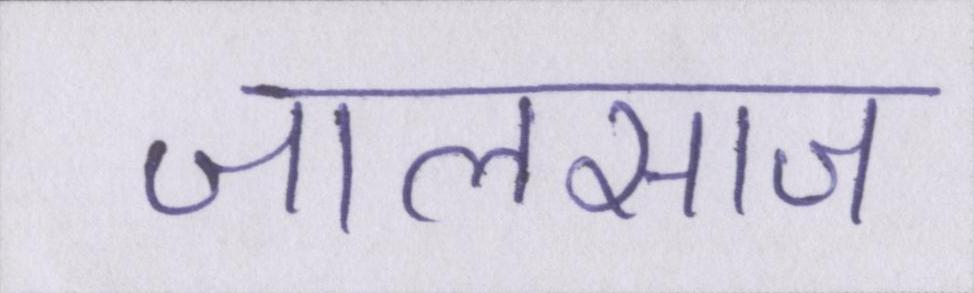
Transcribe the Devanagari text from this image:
जालसाज